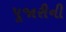
પૂજારીની